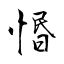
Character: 惽